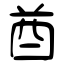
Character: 酋